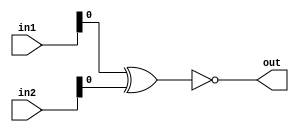

module comparator( input [31:0] in1, in2, output out);
assign out =~(in1^in2);
endmodule